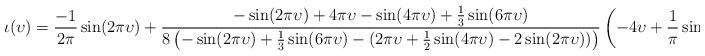
\begin{align*}\iota(\upsilon) = \frac{-1}{2\pi}\sin(2\pi \upsilon)+\frac{-\sin(2\pi \upsilon) + 4\pi \upsilon - \sin(4\pi \upsilon) + \frac{1}{3}\sin(6\pi \upsilon)}{8\left(-\sin(2\pi \upsilon) + \frac 13 \sin(6\pi \upsilon) - (2 \pi \upsilon + \frac 12 \sin(4\pi \upsilon) - 2\sin(2\pi \upsilon))\right)}\left(-4\upsilon + \frac{1}{\pi}\sin(4\pi \upsilon)\right)\end{align*}